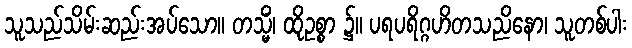
သူသည်သိမ်းဆည်းအပ်သော။ တသ္မိံ၊ ထိုဥစ္စာ ၌။ ပရပရိဂ္ဂဟိတသညိနော၊ သူတစ်ပါး